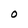
Character: O